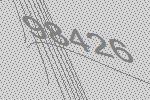
98426